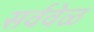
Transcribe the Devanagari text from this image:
सर्ववेळ